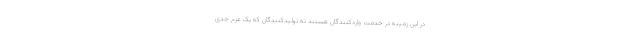
در این زمینه در خدمت واردکنندگان هستند نه تولیدکنندگان که یک عزم جدی